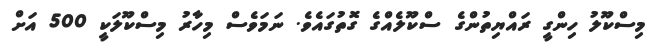
މިސްކޫލު ހިންގީ ރައްޔިތުންގެ ސްކޫލެއްގެ ގޮތުގައެވެ. ނަމަވެސް މިހާރު މިސްކޫލަކީ 500 އަށް